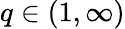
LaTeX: q\in(1,\infty)